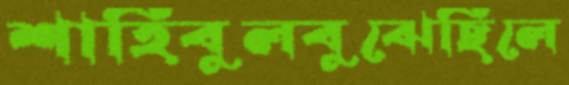
শাহিবুলবুঝেছিলে